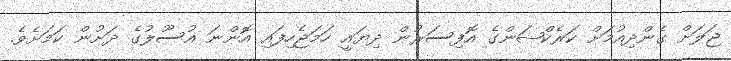
ޖަލަށް ގެންދިއުމަށް ކަރެކްޝަންގެ އޮފިސަރުން ދިޔައީ ހަމަޖެހިފައި އޮންނަ އުސޫލުގެ ދަށުން ކަމަށެވެ.